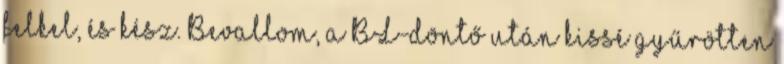
felkel, és kész. Bevallom, a BL-döntő után kissé gyűrötten